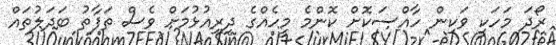
ރޯދަ މަހަކީ ވަކިން ހާއްސަކޮށް ކޮންމެ މީހެއްގެ ދިރިއުޅުމަށް ވެސް ތަފާތު ބަދަލުތައް